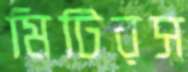
মিটিরস